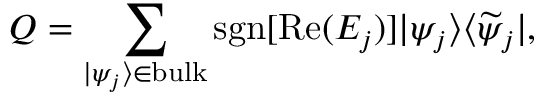
{ \cal Q } = \sum _ { | \psi _ { j } \rangle \in \mathrm { b u l k } } \mathrm { s g n } [ \mathrm { R e } ( E _ { j } ) ] | \psi _ { j } \rangle \langle \widetilde { \psi } _ { j } | ,